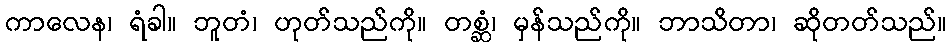
ကာလေန၊ ရံခါ။ ဘူတံ၊ ဟုတ်သည်ကို။ တစ္ဆံ၊ မှန်သည်ကို။ ဘာသိတာ၊ ဆိုတတ်သည်။